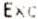
EXC